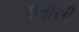
ડીવીસી